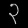
Digit: ၃